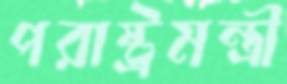
পরাষ্ট্রমন্ত্রী